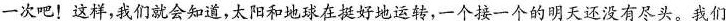
一次吧！这样，我们就会知道，太阳和地球在挺好地运转，一个接一个的明天还没有尽头。我们